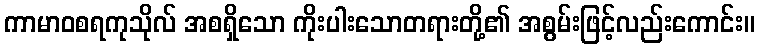
ကာမာဝစရကုသိုလ် အစရှိသော ကိုးပါးသောတရားတို့၏ အစွမ်းဖြင့်လည်းကောင်း။